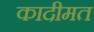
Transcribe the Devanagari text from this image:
कादीमत